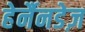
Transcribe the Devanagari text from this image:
हेर्नैनडेज़